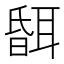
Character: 𦖞